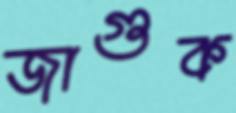
জাগুক